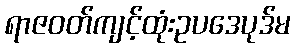
ရာဇဝတ်ကျင့်ထုံးဥပဒေပုဒ်မ